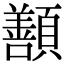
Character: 𩕊